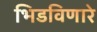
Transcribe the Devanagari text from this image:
भिडविणारे